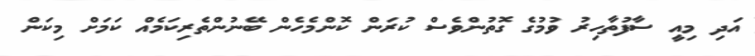
އަދި މިއީ ސާފުތާހިރު ވުމުގެ ގޮތުންވެސް ކުރަން ކޮންމެހެން ބޭނުންތެރިކަމެއް ކަމަށް މިކަން